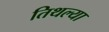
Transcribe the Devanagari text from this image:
तिथल्या